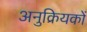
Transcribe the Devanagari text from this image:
अनुक्रियकों